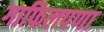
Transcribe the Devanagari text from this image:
गाफिलपणा